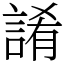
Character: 誵